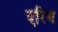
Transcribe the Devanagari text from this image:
एरिथ